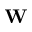
\mathbf { W }